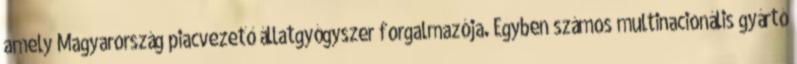
amely Magyarország piacvezető állatgyógyszer forgalmazója. Egyben számos multinacionális gyártó